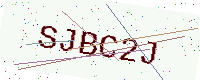
Text: SJBC2J